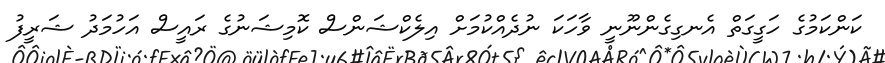
ކަންކަމުގެ ހަގީގަތް އެނގިގެންނޫނީ ވާހަކަ ނުދެއްކުމަށް އިލެކްޝަންސް ކޮމިޝަނުގެ ރައީސް އަހުމަދު ޝަރީފު